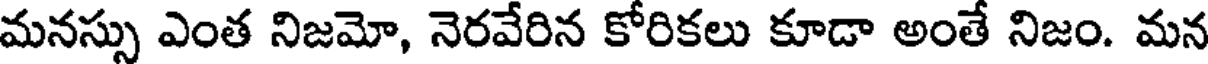
మనస్సు ఎంత నిజమో, నెరవేరిన కోరికలు కూడా అంతే నిజం. మన